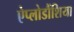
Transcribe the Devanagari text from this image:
ऐप्लोडौंशिया